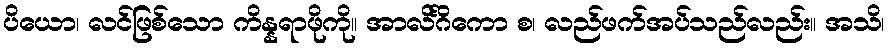
ပိယော၊ လင်ဖြစ်သော ကိန္နရာဖိုကို။ အာလိင်္ဂိကော စ၊ လည်ဖက်အပ်သည်လည်း။ အသိ၊